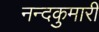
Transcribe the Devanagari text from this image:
नन्दकुमारी